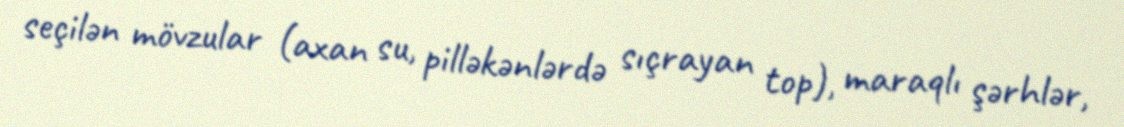
seçilən mövzular (axan su, pilləkənlərdə sıçrayan top), maraqlı şərhlər,